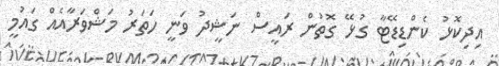
އިދިކޮޅު ކެންޑިޑޭޓާ ގުޅޭ ގޮތުން ރައީސް ނަޝީދު ވަނީ ހަތަރު މަޝްވަރާއެއް ގައުމީ